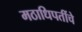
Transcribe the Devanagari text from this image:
मठाधिपतींचे